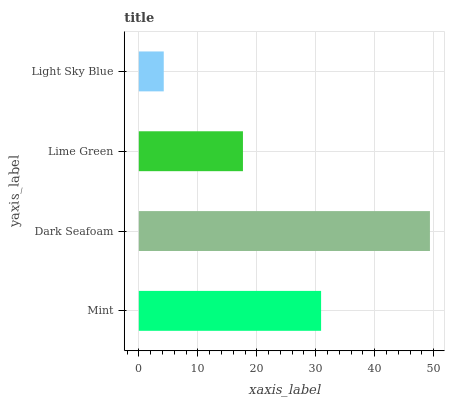
| yaxis_label | bars |
 | --- | --- |
 | Mint | 30.9 |
 | Dark Seafoam | 49.4 |
 | Lime Green | 17.7 |
 | Light Sky Blue | 4.23 |